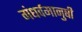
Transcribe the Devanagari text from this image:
गंधर्वमानुषी